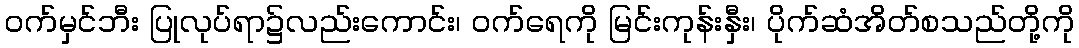
ဝက်မှင်ဘီး ပြုလုပ်ရာ၌လည်းကောင်း၊ ဝက်ရေကို မြင်းကုန်းနှီး၊ ပိုက်ဆံအိတ်စသည်တို့ကို